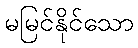
မမြင်နိုင်သော